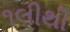
૧લીથી